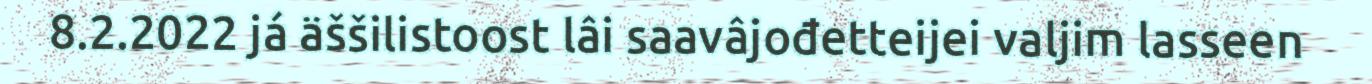
8.2.2022 já äššilistoost lâi saavâjođetteijei valjim lasseen